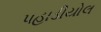
પહાડીયોલ